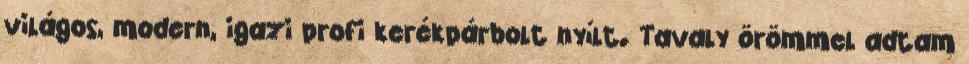
világos, modern, igazi profi kerékpárbolt nyílt. Tavaly örömmel adtam